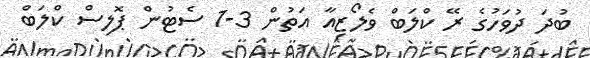
ބުދަ ދުވަހުގެ ރޭ ކްލަބް ވެލޯޒިއާ އަތުން 3-1 ސެޓުން ޕޮލިސް ކްލަބް